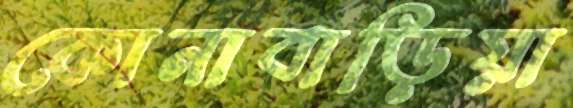
কোনাবাড়িয়া